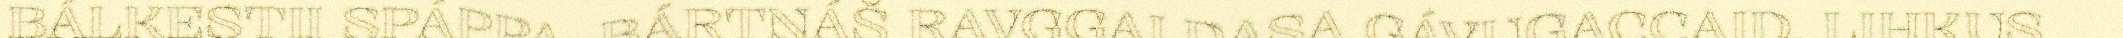
BÁLKESTII SPÁPPA. BÁRTNÁŠ RAVGGAI DASA GÁVUGACCAID. LIHKUS